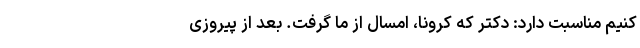
کنیم مناسبت دارد: دکتر که کرونا، امسال از ما گرفت. بعد از پیروزی